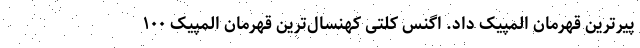
پیرترین قهرمان المپیک داد. اگنس کلتی کهنسال‌ترین قهرمان المپیک ۱۰۰